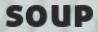
SOUP